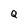
Character: Q